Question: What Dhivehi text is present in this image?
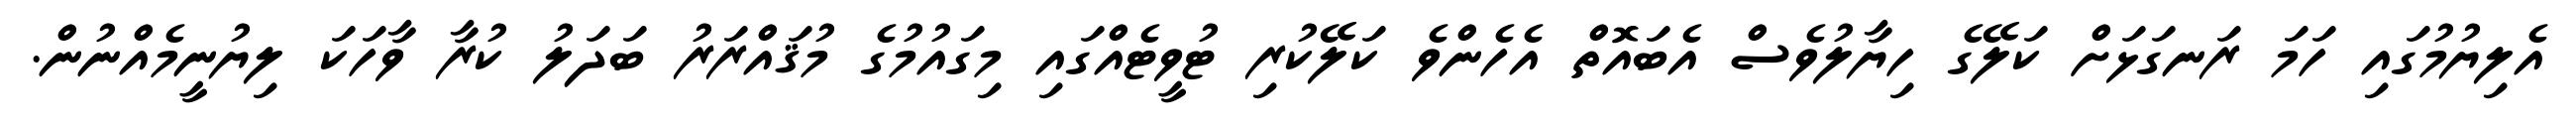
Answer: އެލިޔުމުގައި ހަމަ ރަނގަޅަށް ކަލޭގެ ހިޔާލުވެސް އެބައޮތް އެހެންވެ ކަލޭކުރި ޓުވީޓެއްގައި މިގައުމުގެ މުޤައްރަރު ބަދަލު ކުރާ ވާހަކަ ލިޔުނީމެއްނުން.